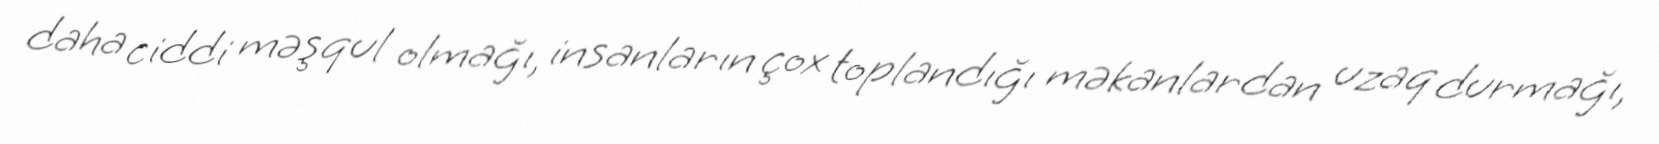
daha ciddi məşqul olmağı, insanların çox toplandığı məkanlardan uzaq durmağı,